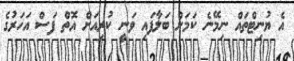
އެ ޔުނިޓްތައް ނިމޭނެ ކަމަށް ބަލާފައި ވަނީ ކުރިއަށް އޮތް ފަސް އަހަރުގެ